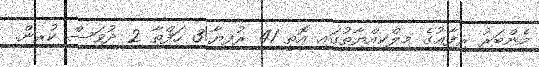
މެންބަރު ރިފާޢުގެ މިލްކިއްޔާތުގައި އޮތީ 41 ރުފިޔާ!3 ހަފްތާ 2 ދުވަސް ކުރިން.